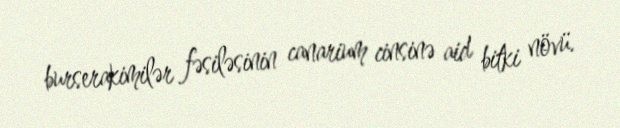
burserakimilər fəsiləsinin canarium cinsinə aid bitki növü.